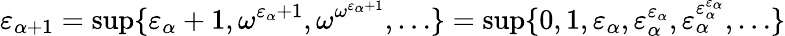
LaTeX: \varepsilon_{\alpha+1}=\operatorname*{sup}\{ \varepsilon_{\alpha}+1,\omega^{\varepsilon_{\alpha}+1},\omega^{\omega^{\varepsilon_{\alpha}+1}},\dots\} =\operatorname*{sup}\{ 0,1,\varepsilon_{\alpha},\varepsilon_{\alpha}^{\varepsilon_{\alpha}},\varepsilon_{\alpha}^{\varepsilon_{\alpha}^{\varepsilon_{\alpha}}},\dots\}